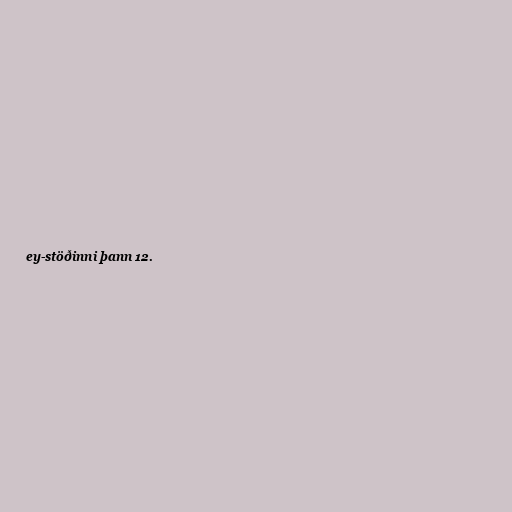
ey-stöðinni þann 12.